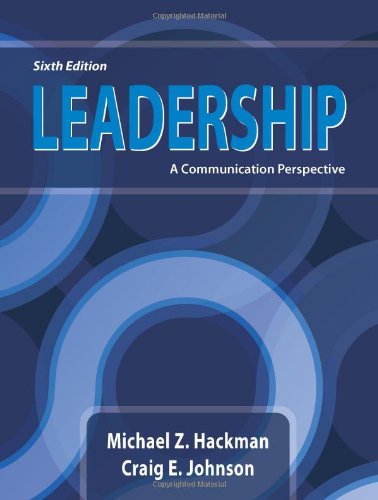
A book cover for Leadership: A Communication Perspective, Sixth Edition; Michael Z. Hackman; Reference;